Leaving Certificate Examination, 1925
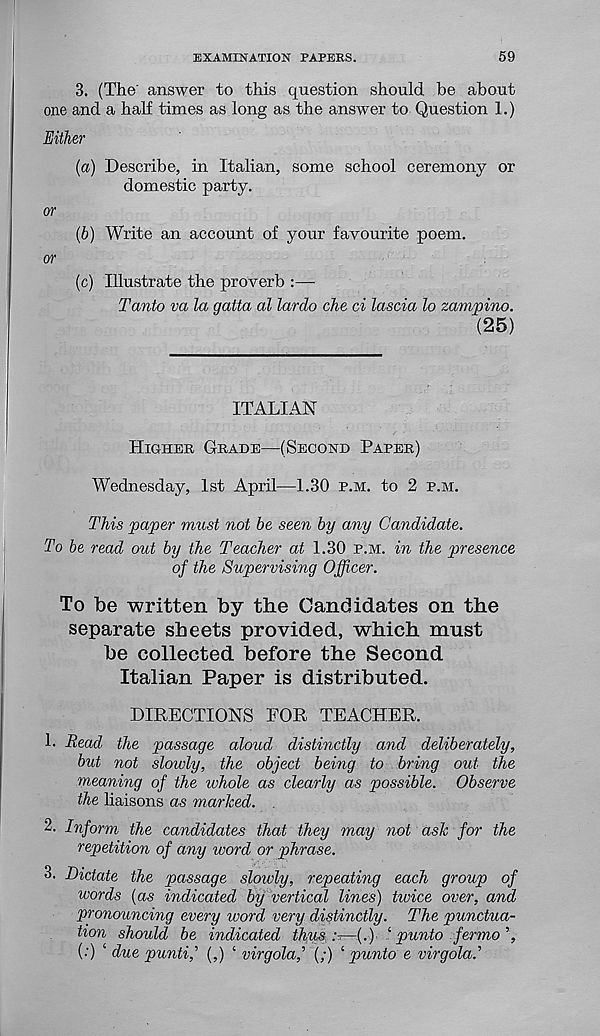
EXAMINATION PAPERS.
59
3. (The' answer to this question should he about
one and a half times as long as the answer to Question 1.)
Either
(a) Describe, in Italian, some school ceremony or
domestic party.
or
(b) Write an account of your favourite poem.
or
(c) Illustrate the proverb :—-
Tanto va la gatta al lardo che ci lascia lo zampino.
(25)
ITALIAN
Higher Grade—(Second Paper)
Wednesday, 1st April—1.30 p.m. to 2 p.m.
This paper must not be seen by any Candidate.
To be read out by the Teacher at 1.30 p.m. in the presence
of the Supervising Officer.
To be written by the Candidates on the
separate sheets provided, which must
be collected before the Second
Italian Paper is distributed.
DIRECTIONS FOR TEACHER.
1. Read the passage aloud distinctly and deliberately,
but not slowly, the object being to bring out the
meaning of the whole as clearly as possible. Observe
the haisons as marked.
2. Inform the candidates that they may not ask for the
repetition of any word or phrase.
3. Dictate the passage sloivly, repeating each group of
words (as indicated by vertical lines) twice over, and
pronouncing every word very distinctly. The punctua-
tion should be indicated thus —.(.). ‘ punto fermo
(.') ‘ due puntif (,) ‘ virgolaf (;) i punto e virgola.’’